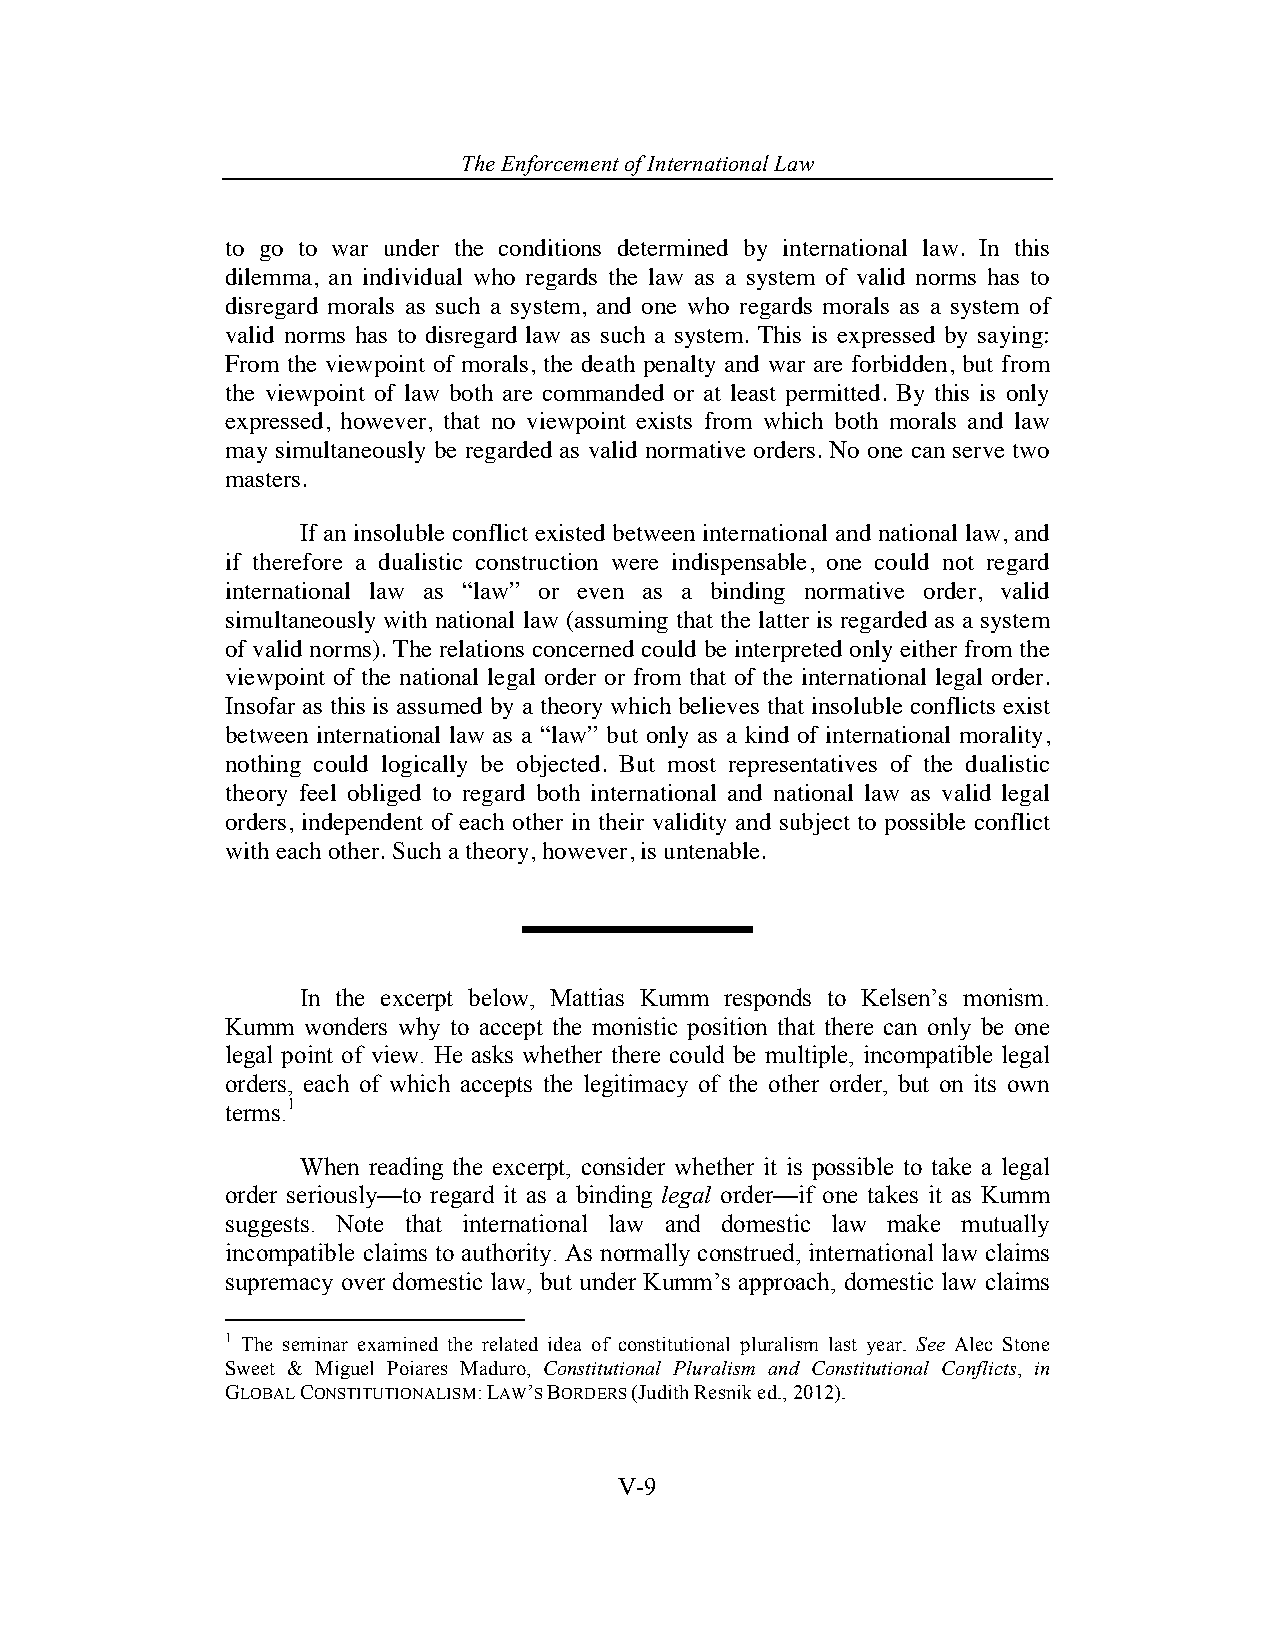
The Enforcement o f International Law
 to go to war under the conditions determined by international law. In this
 dilemma, an individual who regards the law as a system of valid norms has to
 disregard morals as such a system, and one who regards morals as a system of
 valid norms has to disregard law as such a system. This is expressed by saying:
 From the viewpoint of morals, the death penalty and war are forbidden, but from
 the viewpoint of law both are commanded or at least permitted. By this is only
 expressed, however, that no viewpoint exists from which both morals and law
 may simultaneously be regarded as valid normative orders. No one can serve two
 masters.
 If an insoluble conflict existed between international and national law, and
 if therefore a dualistic construction were indispensable, one could not regard
 international law as “law” or even as a binding normative order, valid
 simultaneously with national law (assuming that the latter is regarded as a system
 of valid norms). The relations concerned could be interpreted only either from the
 viewpoint of the national legal order or from that of the international legal order.
 Insofar as this is assumed by a theory which believes that insoluble conflicts exist
 between international law as a “law” but only as a kind of international morality,
 nothing could logically be objected. But most representatives of the dualistic
 theory feel obliged to regard both international and national law as valid legal
 orders, independent of each other in their validity and subject to possible conflict
 with each other. Such a theory, however, is untenable.
 In the excerpt below, Mattias Kumm responds to Kelsen’s monism.
 Kumm wonders why to accept the monistic position that there can only be one
 legal point of view. He asks whether there could be multiple, incompatible legal
 orders, each of which accepts the legitimacy of the other order, but on its own
 terms.1
 When reading the excerpt, consider whether it is possible to take a legal
 order seriously—to regard it as a binding legal order—if one takes it as Kumm
 suggests. Note that international law and domestic law make mutually
 incompatible claims to authority. As normally construed, international law claims
 supremacy over domestic law, but under Kumm’s approach, domestic law claims
 1 The seminar examined the related idea of constitutional pluralism last year. See Alec Stone
 Sweet & Miguel Poiares Maduro, Constitutional Pluralism and Constitutional Conflicts, in
 GLOBAL CONSTITUTIONALISM: LAW’S BORDERS (Judith Resnik ed., 2012).
 V-9